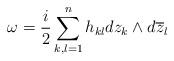
LaTeX: \begin{align*} \omega = \frac{i}{2}\sum_{k,l=1}^nh_{kl}dz_k\wedge d\overline{z}_l\end{align*}